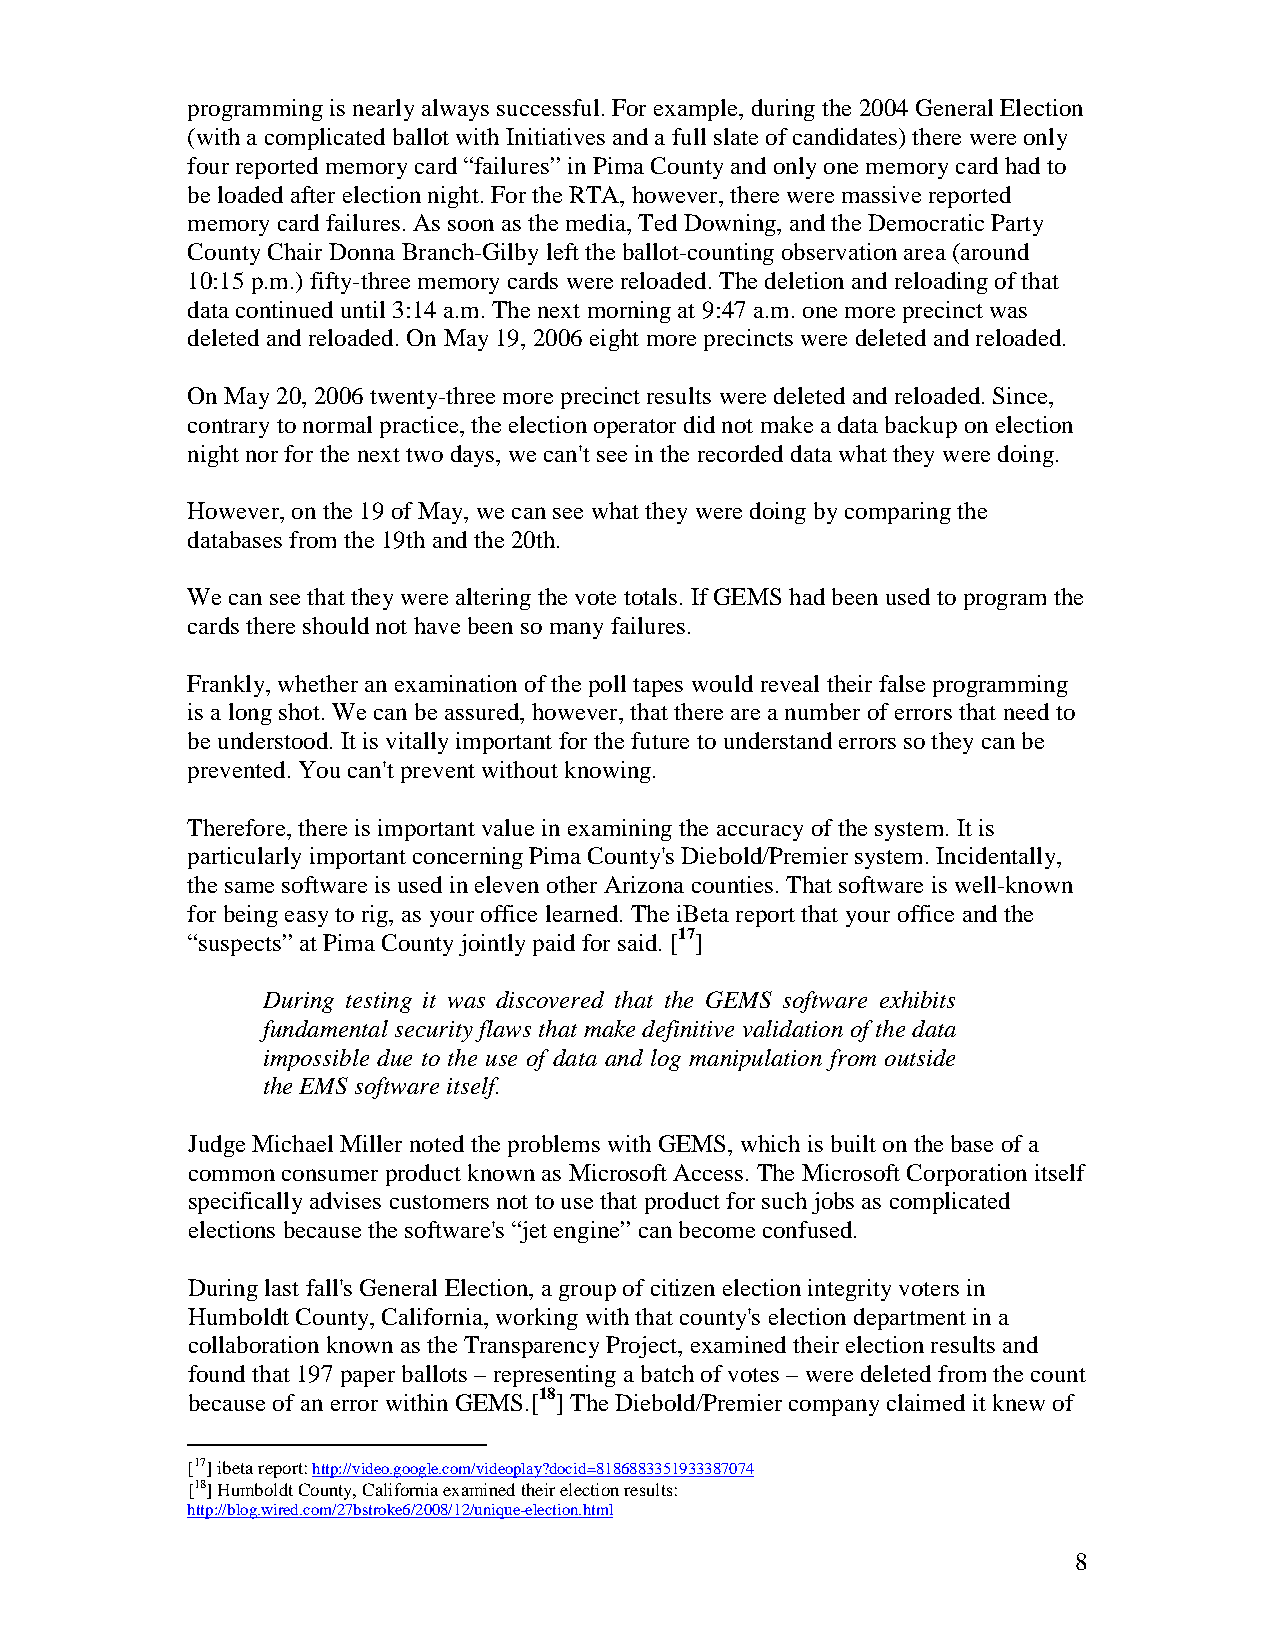
programming is nearly always successful. For example, during the 2004 General Election
 (with a complicated ballot with Initiatives and a full slate of candidates) there were only
 four reported memory card “failures” in Pima County and only one memory card had to
 be loaded after election night. For the RTA, however, there were massive reported
 memory card failures. As soon as the media, Ted Downing, and the Democratic Party
 County Chair Donna Branch-Gilby left the ballot-counting observation area (around
 10:15 p.m.) fifty-three memory cards were reloaded. The deletion and reloading of that
 data continued until 3:14 a.m. The next morning at 9:47 a.m. one more precinct was
 deleted and reloaded. On May 19, 2006 eight more precincts were deleted and reloaded.
 On May 20, 2006 twenty-three more precinct results were deleted and reloaded. Since,
 contrary to normal practice, the election operator did not make a data backup on election
 night nor for the next two days, we can't see in the recorded data what they were doing.
 However, on the 19 of May, we can see what they were doing by comparing the
 databases from the 19th and the 20th.
 We can see that they were altering the vote totals. If GEMS had been used to program the
 cards there should not have been so many failures.
 Frankly, whether an examination of the poll tapes would reveal their false programming
 is a long shot. We can be assured, however, that there are a number of errors that need to
 be understood. It is vitally important for the future to understand errors so they can be
 prevented. You can't prevent without knowing.
 Therefore, there is important value in examining the accuracy of the system. It is
 particularly important concerning Pima County's Diebold/Premier system. Incidentally,
 the same software is used in eleven other Arizona counties. That software is well-known
 for being easy to rig, as your office learned. The iBeta report that your office and the
 “suspects” at Pima County jointly paid for said. [17]
 During testing it was discovered that the GEMS software exhibits
 fundamental security flaws that make definitive validation of the data
 impossible due to the use of data and log manipulation from outside
 the EMS software itself.
 Judge Michael Miller noted the problems with GEMS, which is built on the base of a
 common consumer product known as Microsoft Access. The Microsoft Corporation itself
 specifically advises customers not to use that product for such jobs as complicated
 elections because the software's “jet engine” can become confused.
 During last fall's General Election, a group of citizen election integrity voters in
 Humboldt County, California, working with that county's election department in a
 collaboration known as the Transparency Project, examined their election results and
 found that 197 paper ballots – representing a batch of votes – were deleted from the count
 because of an error within GEMS.[18] The Diebold/Premier company claimed it knew of
 [17] ibeta report: http://video.google.com/videoplay?docid=8186883351933387074
 [18] Humboldt County, California examined their election results:
 http://blog.wired.com/27bstroke6/2008/12/unique-election.html
 8